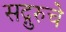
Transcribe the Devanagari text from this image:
सद्गुरुचे